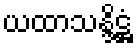
ယထာသန္ဒိဋ္ဌံ